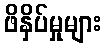
ဖိနှိပ်မှုများ